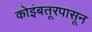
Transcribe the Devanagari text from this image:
कोइंबतूरपासून